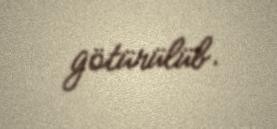
götürülüb.